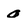
Character: o